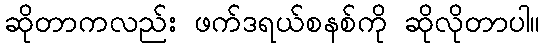
ဆိုတာကလည်း ဖက်ဒရယ်စနစ်ကို ဆိုလိုတာပါ။